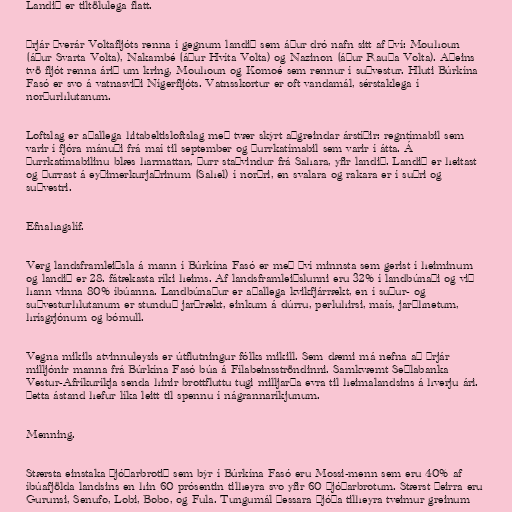
Landið er tiltölulega flatt.

Þrjár þverár Voltafljóts renna í gegnum landið sem áður dró nafn sitt af því: Mouhoun
(áður Svarta Volta), Nakambé (áður Hvíta Volta) og Nazinon (áður Rauða Volta). Aðeins
tvö fljót renna árið um kring, Mouhoun og Komoé sem rennur í suðvestur. Hluti Búrkína
Fasó er svo á vatnasviði Nígerfljóts. Vatnsskortur er oft vandamál, sérstaklega í
norðurhlutanum.

Loftslag er aðallega hitabeltisloftslag með tvær skýrt aðgreindar árstíðir: regntímabil sem
varir í fjóra mánuði frá maí til september og þurrkatímabil sem varir í átta. Á
þurrkatímabilinu blæs harmattan, þurr staðvindur frá Sahara, yfir landið. Landið er heitast
og þurrast á eyðimerkurjaðrinum (Sahel) í norðri, en svalara og rakara er í suðri og
suðvestri.

Efnahagslíf.

Verg landsframleiðsla á mann í Búrkína Fasó er með því minnsta sem gerist í heiminum
og landið er 28. fátækasta ríki heims. Af landsframleiðslunni eru 32% í landbúnaði og við
hann vinna 80% íbúanna. Landbúnaður er aðallega kvikfjárrækt, en í suður- og
suðvesturhlutanum er stunduð jarðrækt, einkum á dúrru, perluhirsi, maís, jarðhnetum,
hrísgrjónum og bómull.

Vegna mikils atvinnuleysis er útflutningur fólks mikill. Sem dæmi má nefna að þrjár
milljónir manna frá Búrkína Fasó búa á Fílabeinsströndinni. Samkvæmt Seðlabanka
Vestur-Afríkuríkja senda hinir brottfluttu tugi milljarða evra til heimalandsins á hverju ári.
Þetta ástand hefur líka leitt til spennu í nágrannaríkjunum.

Menning.

Stærsta einstaka þjóðarbrotið sem býr í Búrkína Fasó eru Mossi-menn sem eru 40% af
íbúafjölda landsins en hin 60 prósentin tilheyra svo yfir 60 þjóðarbrotum. Stærst þeirra eru
Gurunsi, Senufo, Lobi, Bobo, og Fula. Tungumál þessara þjóða tilheyra tveimur greinum